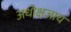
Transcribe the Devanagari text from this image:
अधोक्षजाय